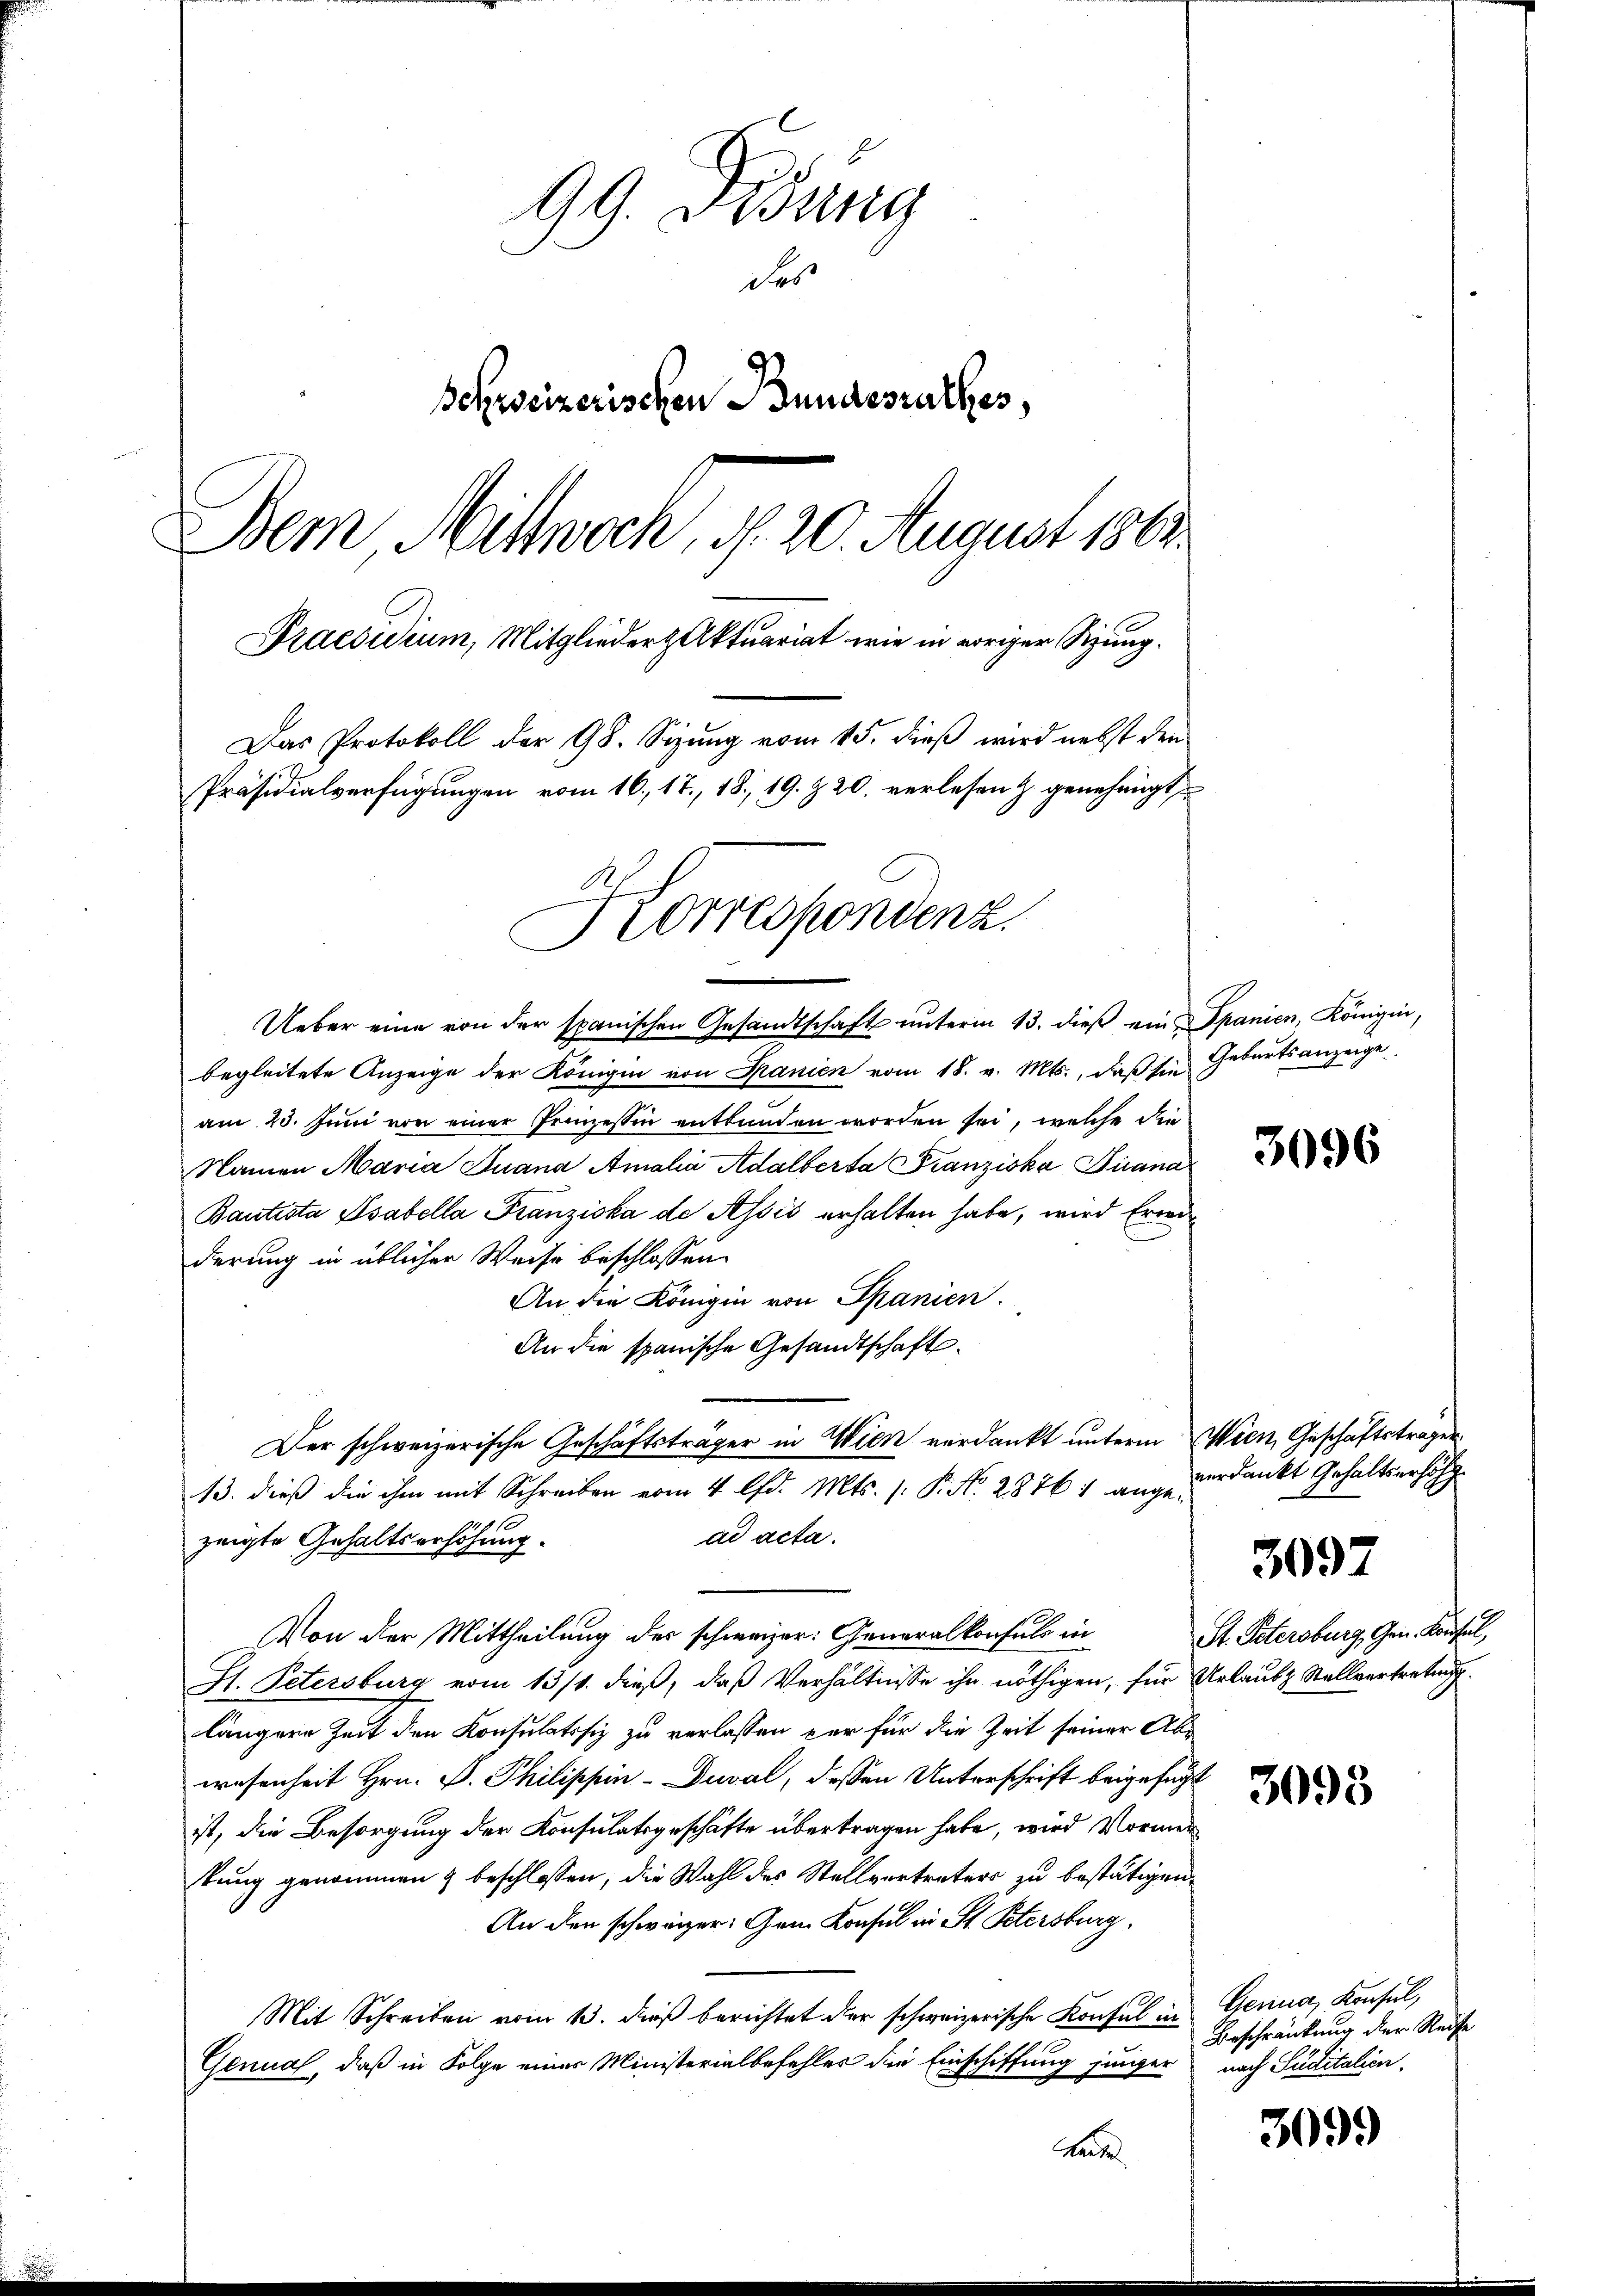
99. Didung
der
Behweizerischen Bundesrathes,
Dem Mittwoch, d. 20. August 1863.
Praesidium, Mitglieder Aktuariat wie in voriger Sitzung¬
Das Protokoll der 98. Sizung vom 15. dieß wird nebst den
Präsidialverfügungen vom 16., 17., 18. 19. Z. 20. verlesen & genehmigt
Korrespondenz.

Ueber eine von der spanischen Gesandtschaft unterm 13. dieß ein Spanien, Königin,
begleitete Anzeige der Königin von Spanien vom 18. v. Mts., daβ sie Geburtsanzeige
am 20. Juni von einer Prinzessen entbunden worden sei, welche die
Namen Maria Juana Amalia Adalberta Franziska Picana
Bantista Asabella Franziska de Assis erhalten habe, wird Erwäderung in üblicher Weise beschlossen:
An die Königin von Spanien.
An die spanische Gesandtschaft
13. dieß die ihm mit Schreiben vom 4 lfd. Mts. (: P. Nr. 28761 ange-
ad acta.
zeigte Gehaltserhöhung.
Von der Mittheilung der schweizer: Generalkonsuls in
St. Petersburg vom 13/1. dieß, daß Verhältnisse ihn nöthigen, für Urlaubt Stellvertretung.
längere Zeit den Konsulatssiz zu verlassen par für die Zeit seiner Abwesenheit Hrn. P. Philippin-Duval, dessen Unterschrift beigefügt
ist, die Besorgung der Konsulatsgeschäfte übertragen habe, wird Vormen
tung genommen & beschlossen, die Wahl des Stellvertreters zu bestätigen.
An den schwärzer: Gem. Konsul in St. Petersburg.
Mit Schreiben vom 13. dieß berichtet der schweizerische Konsul in Genua, Konsul,
Gennal, daß in Folge einer Ministerialbefehler die Einschiffung junger nach Suditalien.
Lun

Der schweizerische Geschäftsträger in Wien verdankt unterm Wien, Geschäftstragen

3096

verdankt Gehaltserhöh

3097

St. Petersburg, Gen. Konsul,

3093

Beschränkung der Reise

3099